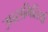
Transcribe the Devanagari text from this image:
उपसमितियाँ